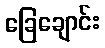
ခြေချောင်း